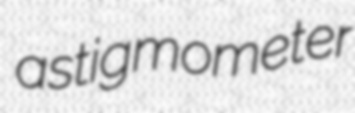
astigmometer